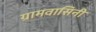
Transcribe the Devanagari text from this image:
ग्रामवासिनी